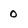
Character: 0